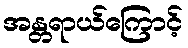
အန္တရာယ်ကြောင့်